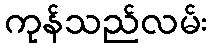
ကုန်သည်လမ်း